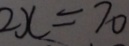
2 x = 7 0